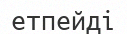
етпейді